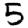
Digit: 5